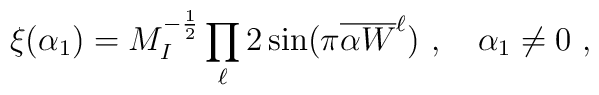
\xi(\alpha_1) =M^{-{1\over 2}}_I \prod_{\ell} 2\sin(\pi {{\overline {\alpha W}}^\ell}) ~,~~~\alpha_1 \not=0~,